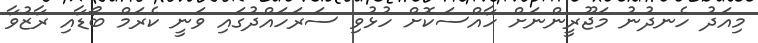
މިއަދު ހެނދުނު މަޖޫރީންނަށް ހާއްސަކޮށް ހުޅުވި ސަރަހައްދުގައި ވަނީ ކެރަމް ބޯޑާއި ރާޒުވާ